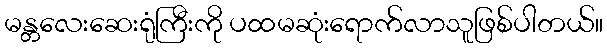
မန္တလေးဆေးရုံကြီးကို ပထမဆုံးရောက်လာသူဖြစ်ပါတယ်။